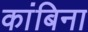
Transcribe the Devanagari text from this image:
कांबिना